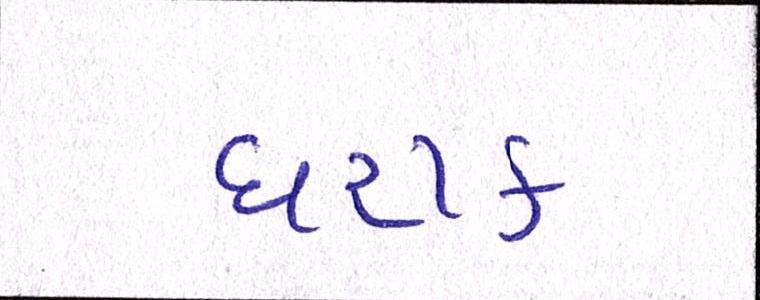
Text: ઘરાક